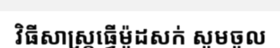
វិធីសាស្ត្រធ្វើម៉ូដសក់ សូមចូល